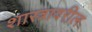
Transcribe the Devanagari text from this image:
शास्त्रावरील